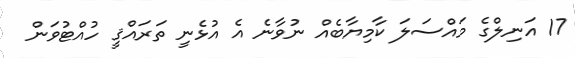
17 އަނިލްގެ މައްސަލަ ކާމިޔާބެއް ނުވާނެ އެ އުޅެނީ ތަރައްޤީ ހުއްޓުވަން